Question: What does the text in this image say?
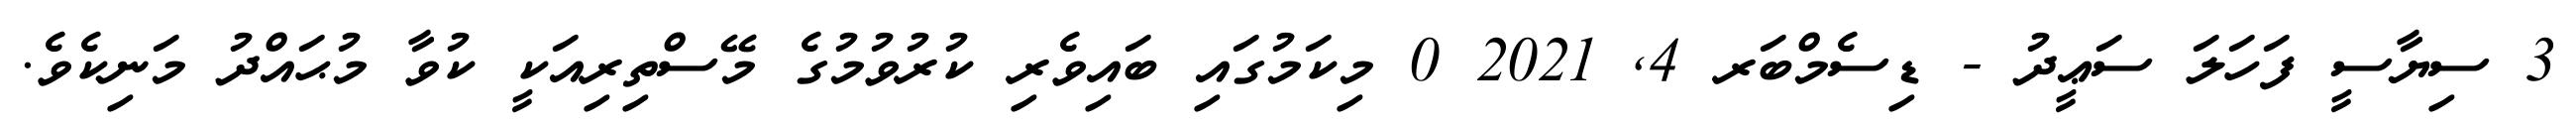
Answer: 3 ސިޔާސީ ފަހަލަ ސަޢީދު - ޑިސެމްބަރ 4, 2021 0 މިކަމުގައި ބައިވެރި ކުރުވުމުގެ މޭސްތިރިއަކީ ކުވާ މުޙައްދު މަނިކެވެ.